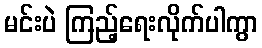
မင်းပဲ ကြည့်ရေးလိုက်ပါကွာ